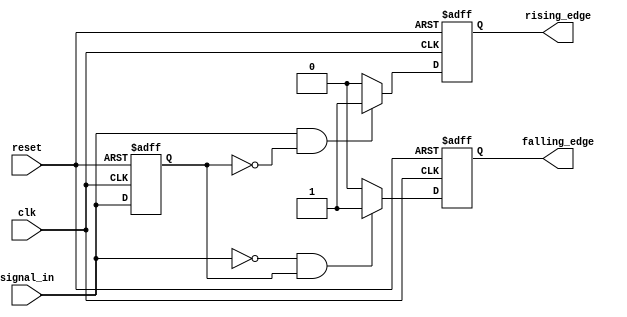
module dual_edge_detector (
    input wire clk,               // Clock input
    input wire reset,             // Asynchronous reset input
    input wire signal_in,         // Input signal to be monitored
    output reg rising_edge,       // Output signal for rising edge detection
    output reg falling_edge       // Output signal for falling edge detection
);

    // Register to hold the previous state of the input signal
    reg previous_state;

    // Always block for edge detection and state storage
    always @(posedge clk or posedge reset) begin
        if (reset) begin
            // Reset the previous state and output signals
            previous_state <= 1'b0;
            rising_edge <= 1'b0;
            falling_edge <= 1'b0;
        end else begin
            // Edge detection logic
            rising_edge <= (signal_in == 1'b1 && previous_state == 1'b0) ? 1'b1 : 1'b0;
            falling_edge <= (signal_in == 1'b0 && previous_state == 1'b1) ? 1'b1 : 1'b0;

            // Update the previous state
            previous_state <= signal_in;
        end
    end

endmodule